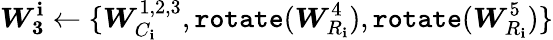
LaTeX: \boldsymbol{W_{3}}^{\mathbf{i}}\leftarrow\{ \boldsymbol{W}_{C_{\mathbf{i}}}^{1,2,3},\texttt{{rotate}}(\boldsymbol{W}_{R_{\mathbf{i}}}^{4}),\texttt{{rotate}}(\boldsymbol{W}_{R_{\mathbf{i}}}^{5})\}